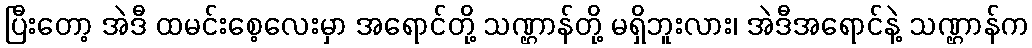
ပြီးတော့ အဲဒီ ထမင်းစေ့လေးမှာ အရောင်တို့ သဏ္ဌာန်တို့ မရှိဘူးလား၊ အဲဒီအရောင်နဲ့ သဏ္ဌာန်က